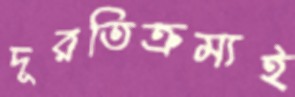
দূরতিক্রম্যই